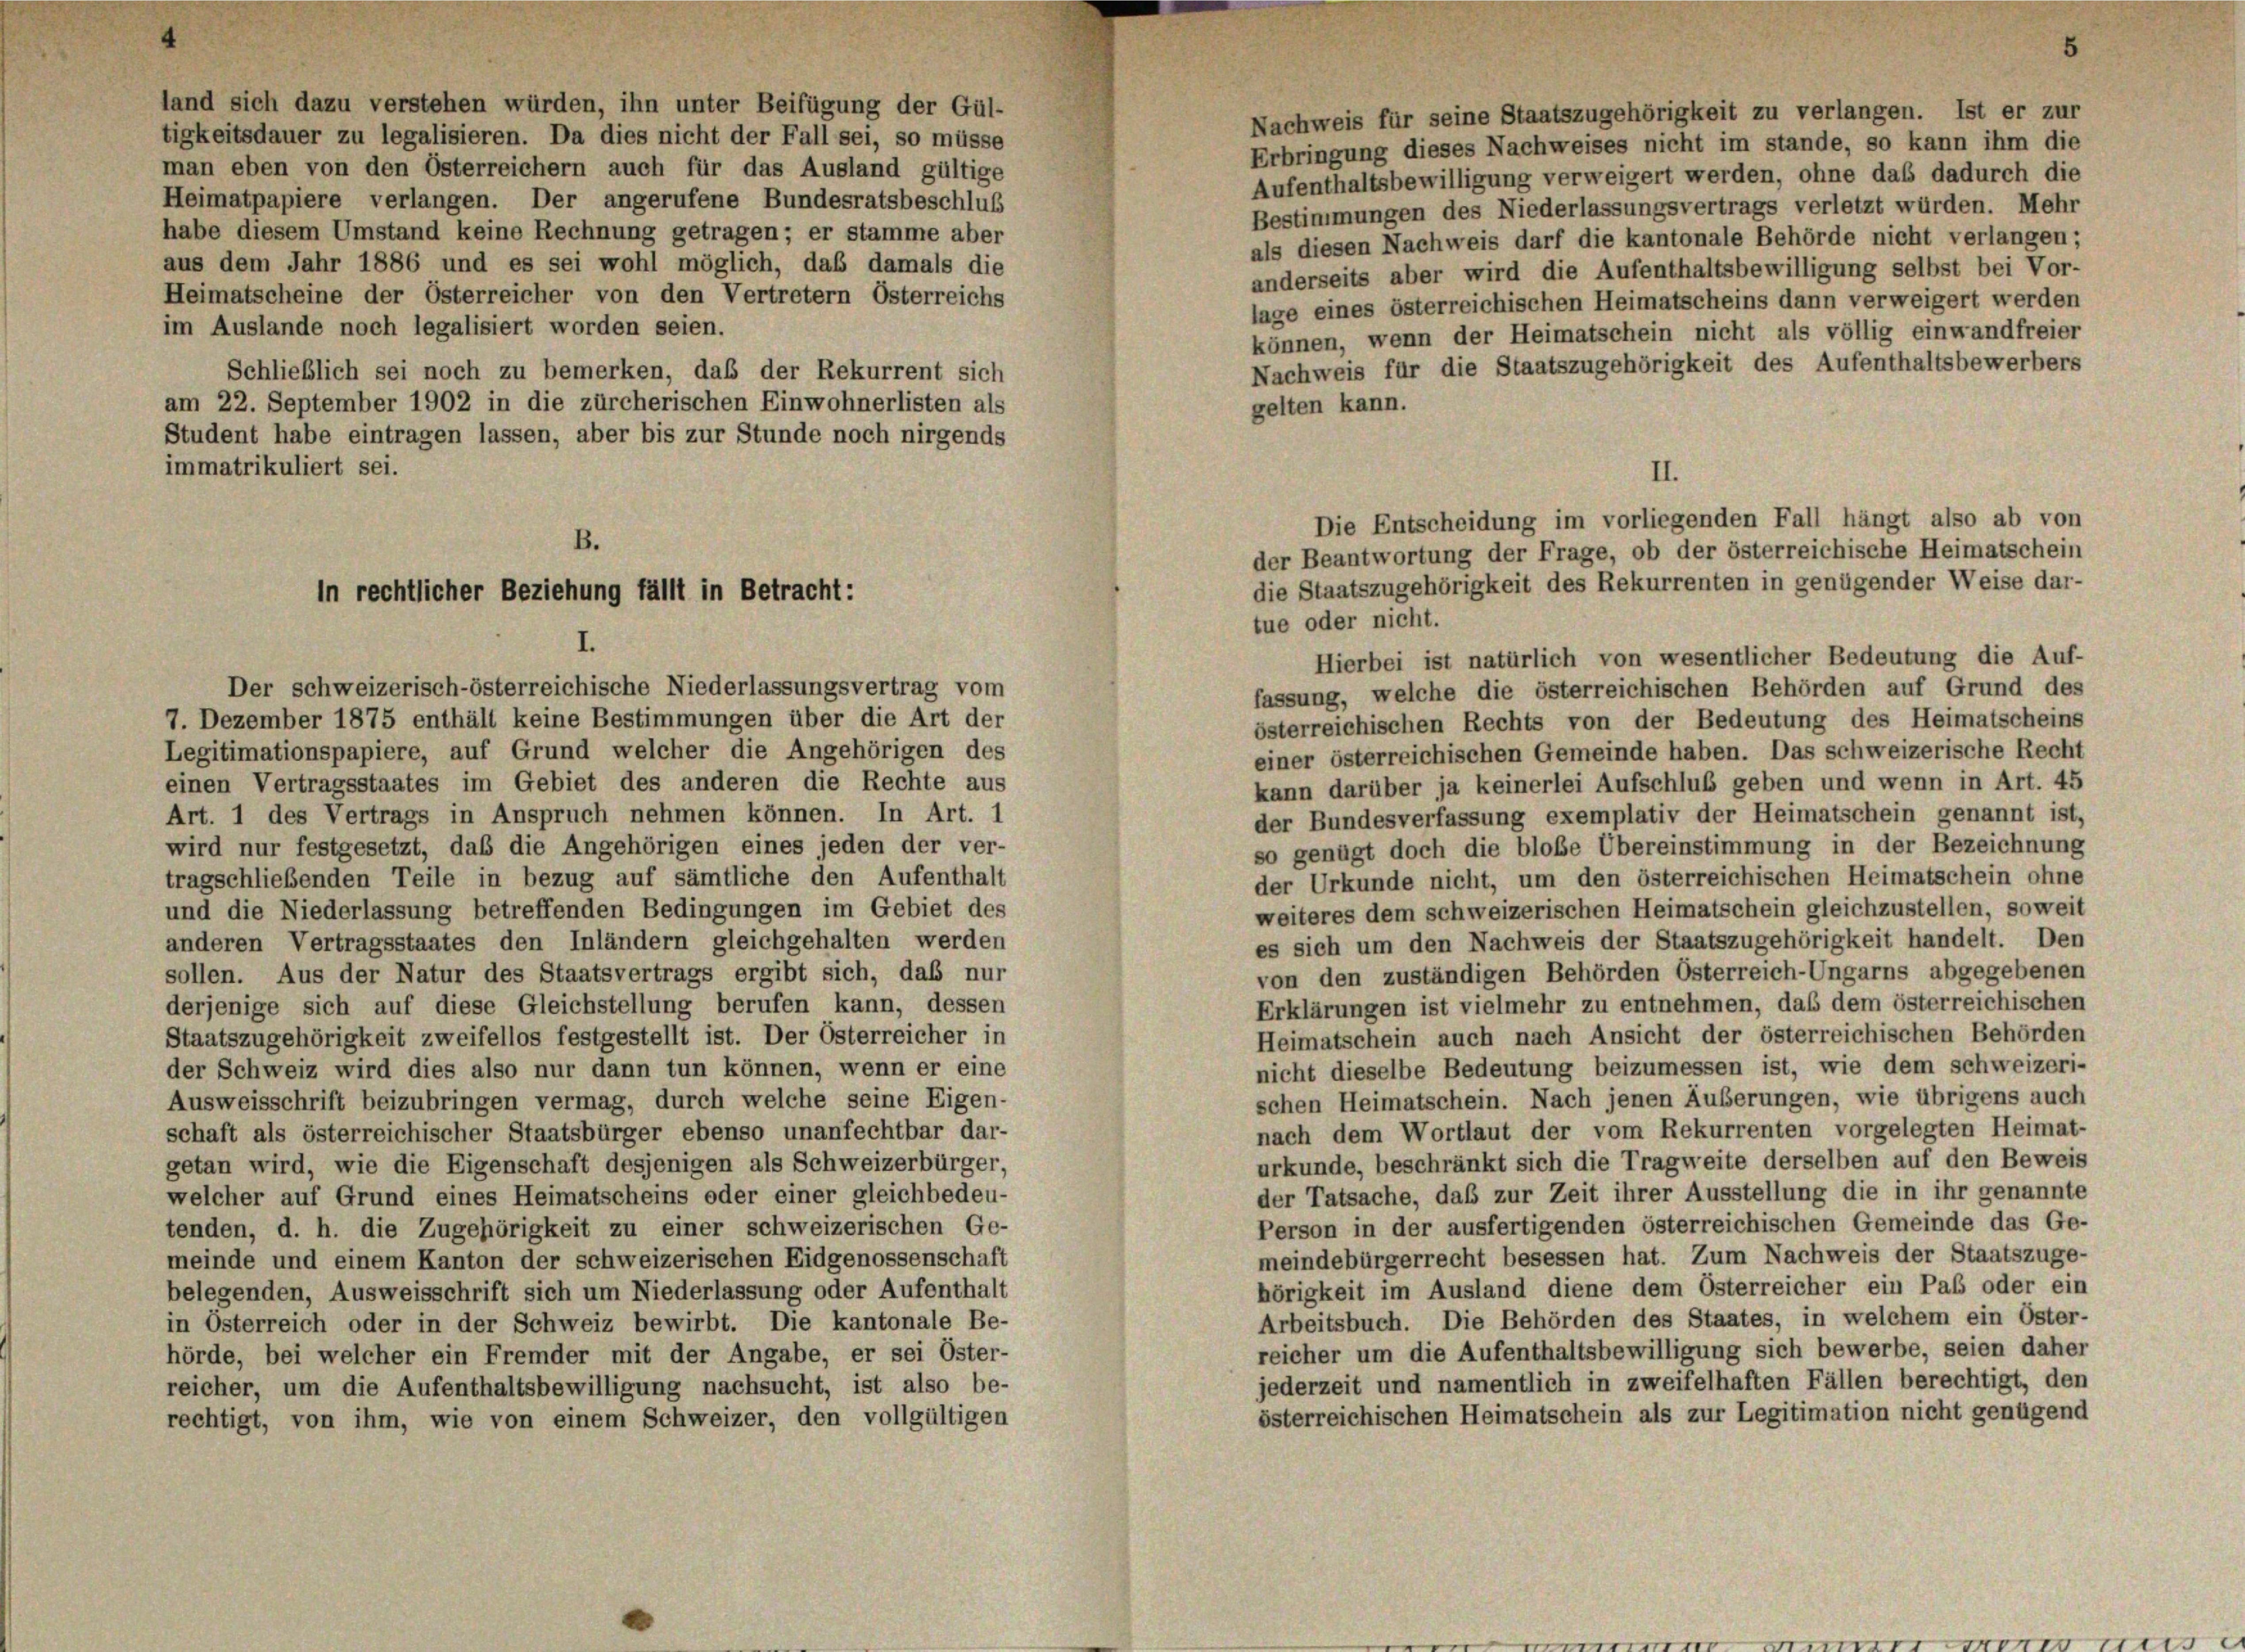
land sich dazu verstehen würden, ihn unter Beifügung der Gül-
tigkeitsdauer zu legalisieren. Da dies nicht der Fall sei, so müsse
man eben von den Österreichern auch für das Ausland gültige

Heimatpapiere verlangen. Der angerufene Bundesratsbeschluß
Bestimmungen des Niederlassungsvertrags verletzt würden. Mehr
habe diesem Umstand keine Rechnung getragen; er stamme aber
als diesen Nachweis darf die kantonale Behörde nicht verlangen;
aus dem Jahr 1886 und es sei wohl möglich, daß damals die
anderseits aber wird die Aufenthaltsbewilligung selbst bei Vor-
Heimatscheine der Österreicher von den Vertretern Österreichs
lage eines österreichischen Heimatscheins dann verweigert werden
im Auslande noch legalisiert worden seien.
können, wenn der Heimatschein nicht als völlig einwandfreier
Nachweis für die Staatszugehörigkeit des Aufenthaltsbewerbers
Schließlich sei noch zu bemerken, daß der Rekurrent sich
am 22. September 1902 in die zürcherischen Einwohnerlisten als
gelten kann.
Student habe eintragen lassen, aber bis zur Stunde noch nirgends
immatrikuliert sei.
I.
Hierbei ist natürlich von wesentlicher Bedeutung die Auf-
fassung, welche die österreichischen Behörden auf Grund des
7. Dezember 1875 enthält keine Bestimmungen über die Art der
österreichischen Rechts von der Bedeutung des Heimatscheine
Legitimationspapiere, auf Grund welcher die Angehörigen des
einer österreichischen Gemeinde haben. Das schweizerische Rech
einen Vertragsstaates im Gebiet des anderen die Rechte aus
kann darüber ja keinerlei Aufschluß geben und wenn in Art. 45
Art. 1 des Vertrags in Anspruch nehmen können. In Art. 1
der Bundesverfassung exemplativ der Heimatschein genannt ist,
wird nur festgesetzt, daß die Angehörigen eines jeden der ver-
so genügt doch die bloße Übereinstimmung in der Bezeichnung
tragschließenden Teile in bezug auf sämtliche den Aufenthalt
der Urkunde nicht, um den österreichischen Heimatschein ohne
und die Niederlassung betreffenden Bedingungen im Gebiet des
weiteres dem schweizerischen Heimatschein gleichzustellen, soweit
es sich um den Nachweis der Staatszugehörigkeit handelt. Der
anderen Vertragsstaates den Inländern gleichgehalten werden
von den zuständigen Behörden Österreich-Ungarns abgegebenen
sollen. Aus der Natur des Staatsvertrags ergibt sich, daß nur
Erklärungen ist vielmehr zu entnehmen, daß dem österreichischer
derjenige sich auf diese Gleichstellung berufen kann, dessen
Heimatschein auch nach Ansicht der österreichischen Behörder
Staatszugehörigkeit zweifellos festgestellt ist. Der Österreicher in
nicht dieselbe Bedeutung beizumessen ist, wie dem schweizeri
der Schweiz wird dies also nur dann tun können, wenn er eine
schen Heimatschein. Nach jenen Äußerungen, wie übrigens auch
Ausweisschrift beizubringen vermag, durch welche seine Eigen-
nach dem Wortlaut der vom Rekurrenten vorgelegten Heimat-
schaft als österreichischer Staatsbürger ebenso unanfechtbar dar-
urkunde, beschränkt sich die Tragweite derselben auf den Beweis
getan wird, wie die Eigenschaft desjenigen als Schweizerbürger,
der Tatsache, daß zur Zeit ihrer Ausstellung die in ihr genannte
welcher auf Grund eines Heimatscheins oder einer gleichbedeu-
Person in der ausfertigenden österreichischen Gemeinde das Ge
tenden, d. h. die Zugehörigkeit zu einer schweizerischen Ge-
meindebürgerrecht besessen hat. Zum Nachweis der Staatszuge
meinde und einem Kanton der schweizerischen Eidgenossenschaft
hörigkeit im Ausland diene dem Osterreicher ein Pab oder ein
belegenden, Ausweisschrift sich um Niederlassung oder Aufenthalt
Arbeitsbuch. Die Behörden des Staates, in welchem ein Öster
in Österreich oder in der Schweiz bewirbt. Die kantonale Be-
reicher um die Aufenthaltsbewilligung sich bewerbe, seien daher
hörde, bei welcher ein Fremder mit der Angabe, er sei Oster-
jederzeit und namentlich in zweifelhaften Fällen berechtigt, den
reicher, um die Aufenthaltsbewilligung nachsucht, ist also be-
österreichischen Heimatschein als zur Legitimation nicht genügend
rechtigt, von ihm, wie von einem Schweizer, den vollgültigen

B.
in rechtlicher Beziehung fällt in Betracht:

Der schweizerisch-österreichische Niederlassungsvertrag vom

Nachweis für seine Staatszugehörigkeit zu verlangen. Ist er zur
Erbringung dieses Nachweises nicht im stande, so kann ihm die
Aufenthaltsbewilligung verweigert werden, ohne das dadurch die

II.
Die Entscheidung im vorliegenden Fall hängt also ab von
der Beantwortung der Frage, ob der österreichische Heimatschein
die Staatszugehörigkeit des Rekurrenten in genügender Weise dar-
tue oder nicht.